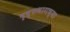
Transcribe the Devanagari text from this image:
पृष्ठभागच्या